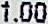
1.00